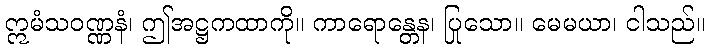
ဣမံသဝဏ္ဏနံ၊ ဤအဋ္ဌကထာကို။ ကာရောန္တေန၊ ပြုသော။ မေမယာ၊ ငါသည်။